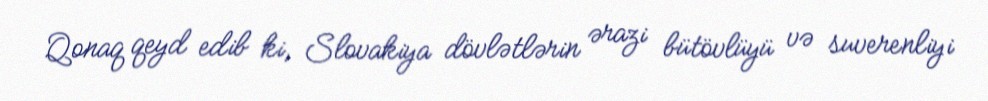
Qonaq qeyd edib ki, Slovakiya dövlətlərin ərazi bütövlüyü və suverenliyi